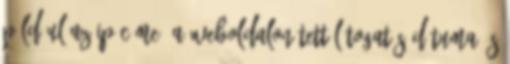
például az IP-címe, a weboldalon tett látogatás dátuma és